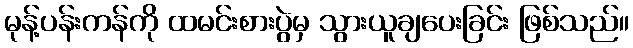
မုန့်ပန်းကန်ကို ထမင်းစားပွဲမှ သွားယူချပေးခြင်း ဖြစ်သည်။